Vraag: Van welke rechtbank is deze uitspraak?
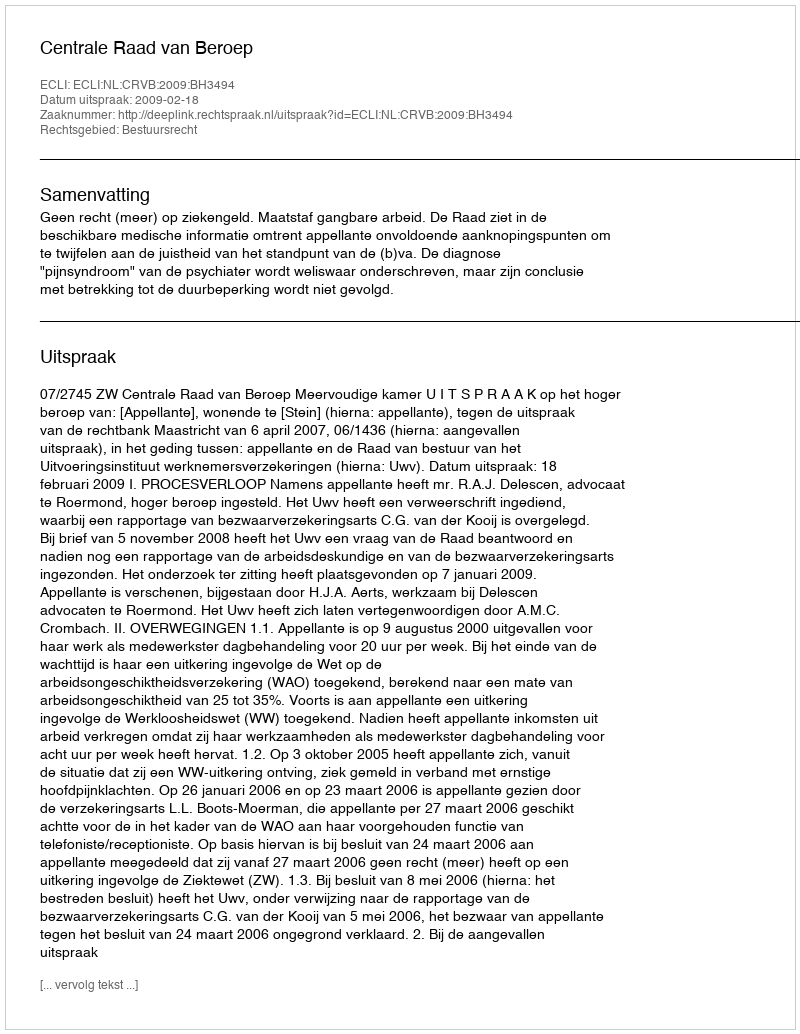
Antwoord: Centrale Raad van Beroep